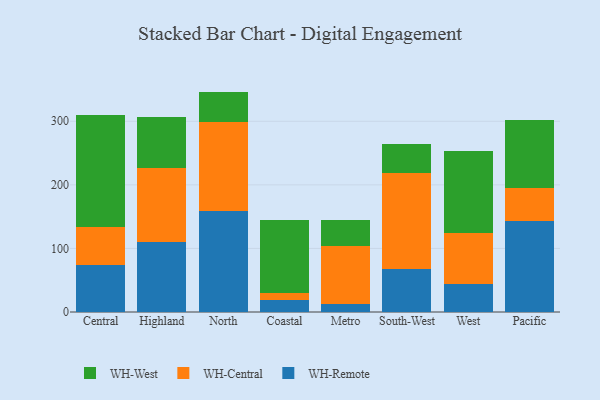
{"axis": {"x": "Region", "y": "Tickets Resolved"}, "legend": ["WH-Central", "WH-Remote", "WH-West"], "data": [{"x": "Central", "y": 74.2, "type": "WH-Remote"}, {"x": "Central", "y": 59.1, "type": "WH-Central"}, {"x": "Central", "y": 175.9, "type": "WH-West"}, {"x": "Highland", "y": 110.9, "type": "WH-Remote"}, {"x": "Highland", "y": 115.9, "type": "WH-Central"}, {"x": "Highland", "y": 80.5, "type": "WH-West"}, {"x": "North", "y": 158.8, "type": "WH-Remote"}, {"x": "North", "y": 140.5, "type": "WH-Central"}, {"x": "North", "y": 47.4, "type": "WH-West"}, {"x": "Coastal", "y": 19.0, "type": "WH-Remote"}, {"x": "Coastal", "y": 11.3, "type": "WH-Central"}, {"x": "Coastal", "y": 114.5, "type": "WH-West"}, {"x": "Metro", "y": 12.7, "type": "WH-Remote"}, {"x": "Metro", "y": 90.5, "type": "WH-Central"}, {"x": "Metro", "y": 42.2, "type": "WH-West"}, {"x": "South-West", "y": 67.2, "type": "WH-Remote"}, {"x": "South-West", "y": 151.8, "type": "WH-Central"}, {"x": "South-West", "y": 45.2, "type": "WH-West"}, {"x": "West", "y": 44.1, "type": "WH-Remote"}, {"x": "West", "y": 80.0, "type": "WH-Central"}, {"x": "West", "y": 129.2, "type": "WH-West"}, {"x": "Pacific", "y": 143.8, "type": "WH-Remote"}, {"x": "Pacific", "y": 50.6, "type": "WH-Central"}, {"x": "Pacific", "y": 107.4, "type": "WH-West"}]}